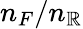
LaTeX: n_{F}/n_{\mathbb{R}}